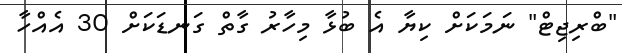
"ބްރިޖިޓް" ނަމަކަށް ކިޔާ އެ ބުޅާ މިހާރު ގާތް ގަނޑަކަށް 30 އެއްހާ